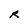
Character: R